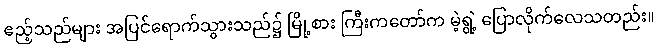
ဧည့်သည်များ အပြင်ရောက်သွားသည်၌ မြို့စား ကြီးကတော်က မဲ့ရွဲ့ ပြောလိုက်လေသတည်း။